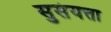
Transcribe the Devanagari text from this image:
सुसंयत्ता